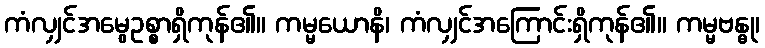
ကံလျှင်အမွေဥစ္စာရှိကုန်၏။ ကမ္မယောနိ၊ ကံလျှင်အကြောင်းရှိကုန်၏။ ကမ္မဗန္ဓု၊